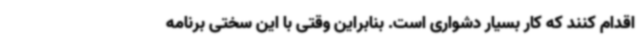
اقدام کنند که کار بسیار دشواری است. بنابراین وقتی با این سختی برنامه